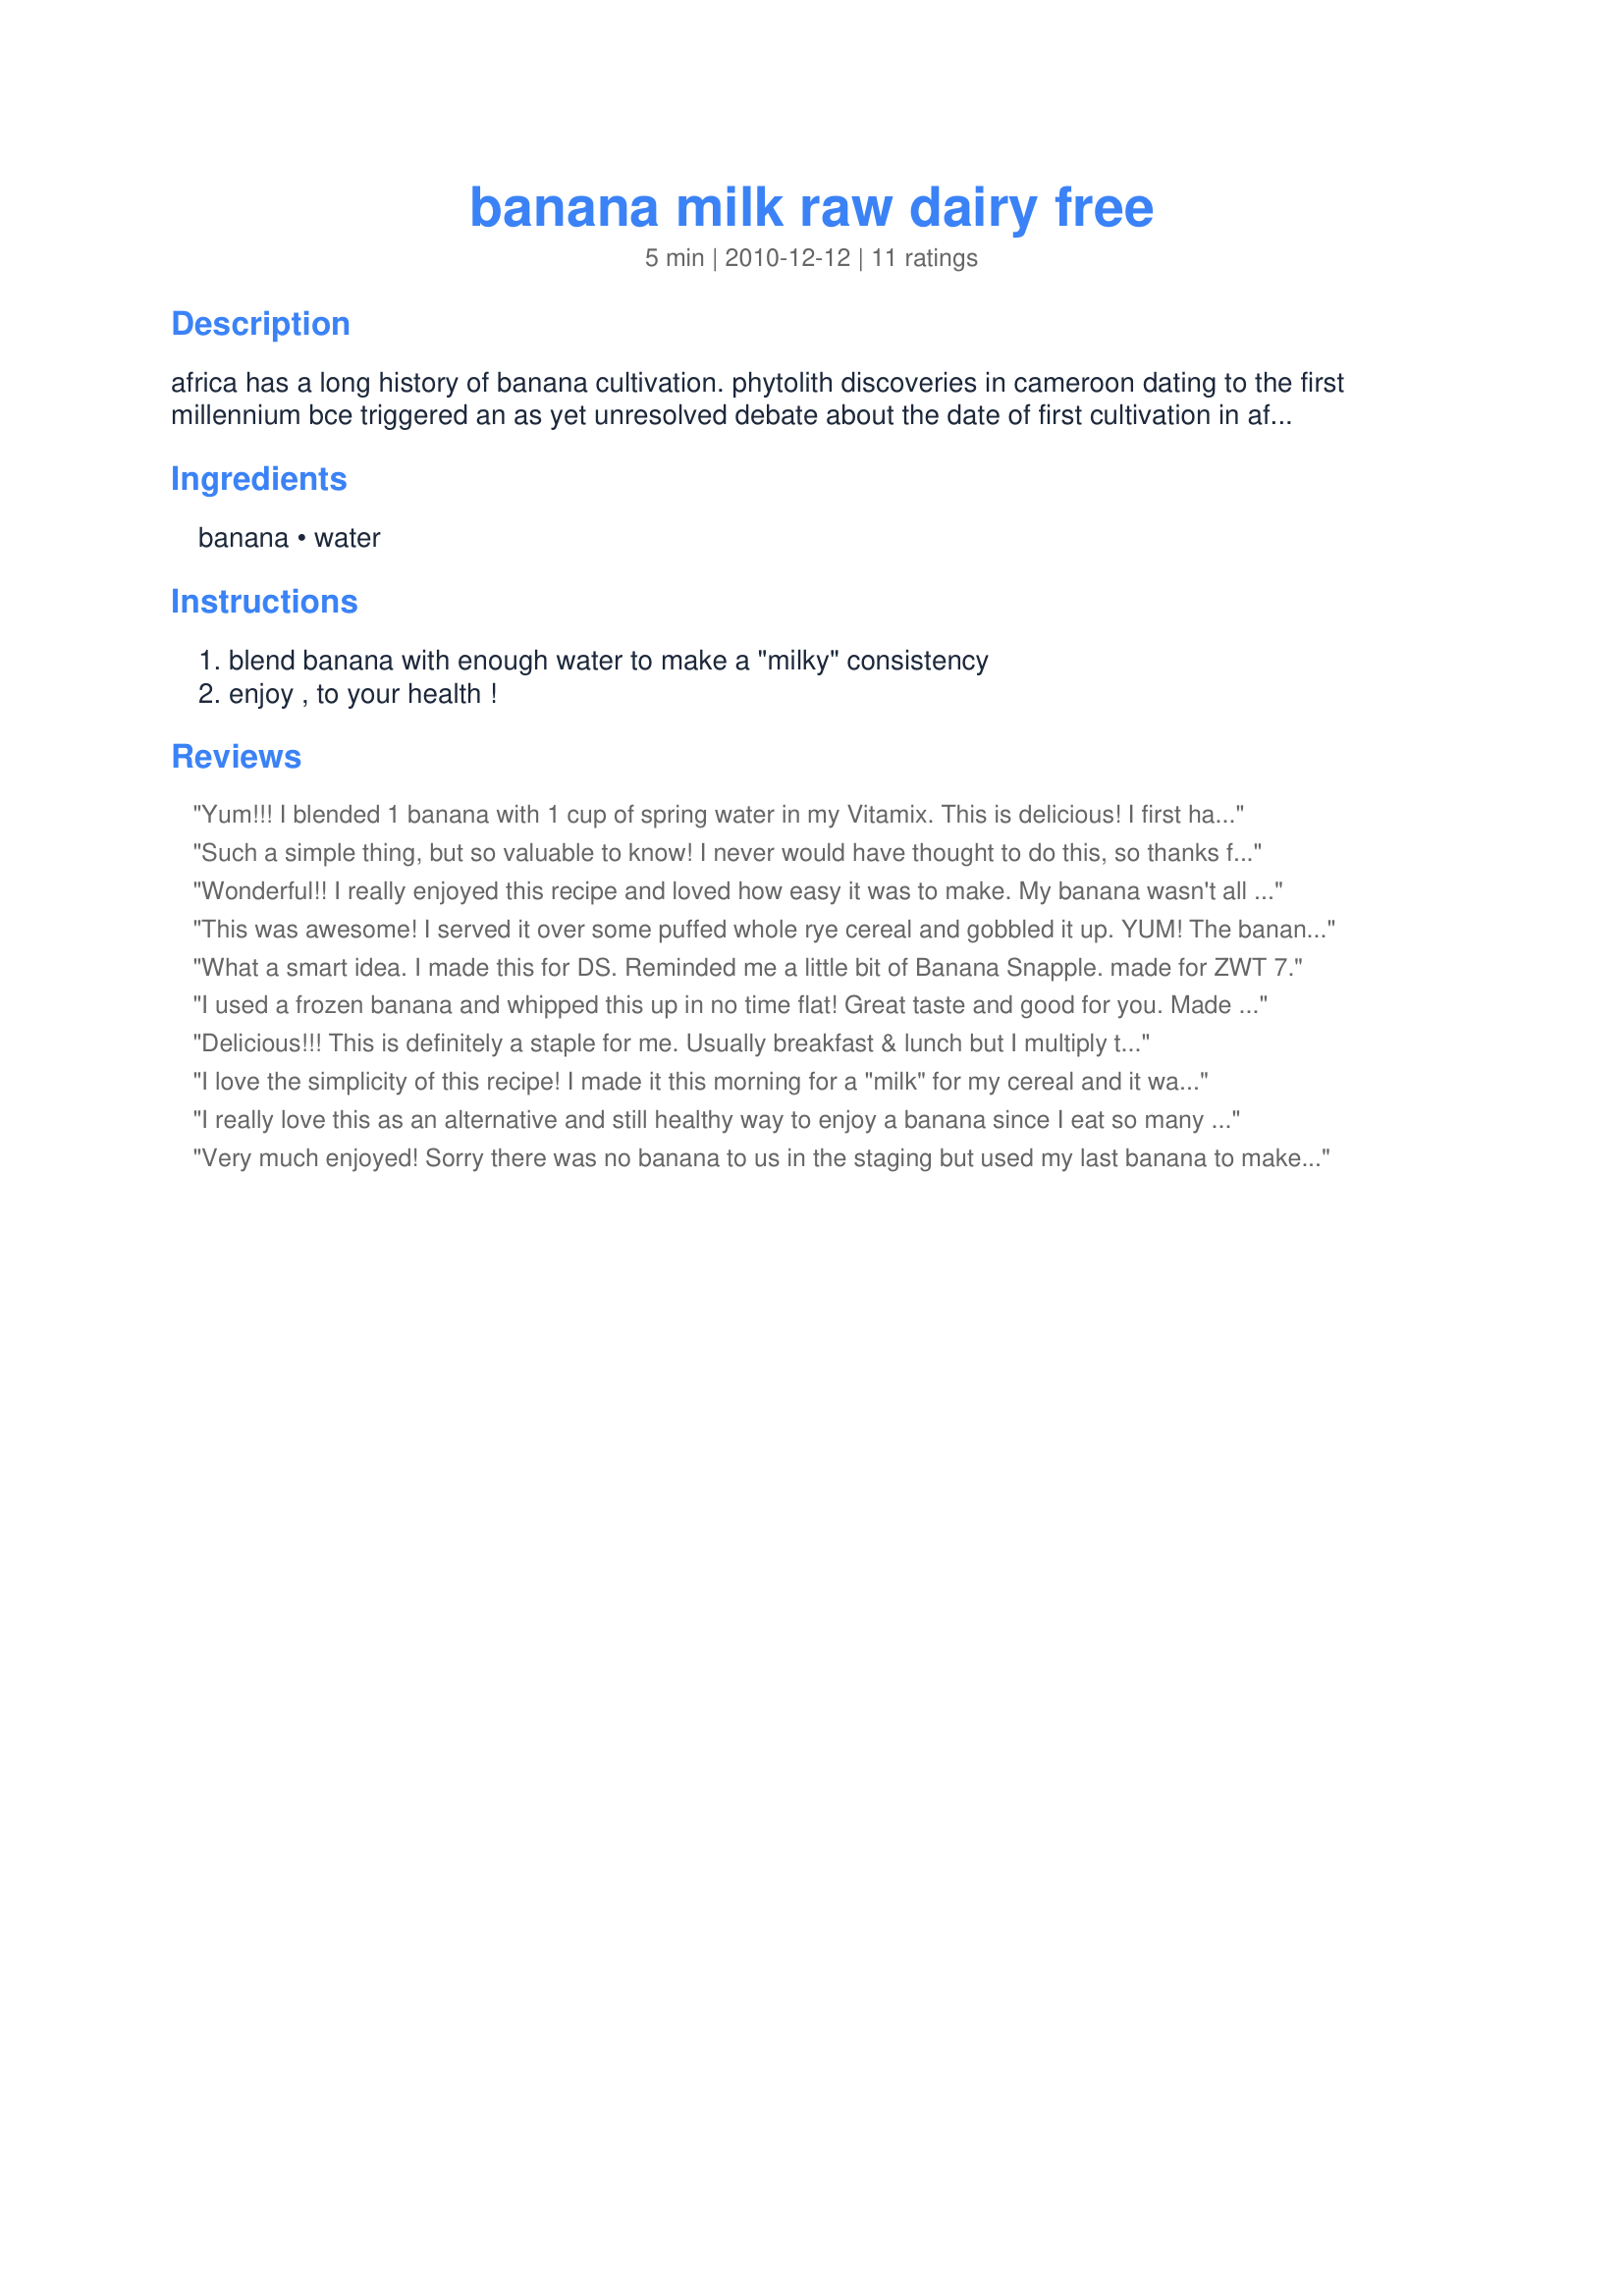
banana milk raw dairy free
Preparation time: 5 minutes

africa has a long history of banana cultivation. phytolith discoveries in cameroon dating to the first millennium bce triggered an as yet unresolved debate about the date of first cultivation in africa. there is linguistic evidence that bananas were known in madagascar around that time. the earliest prior evidence indicates that cultivation dates to no earlier than late 6th century ad. it is likely, however, that bananas were brought at least to madagascar if not to the east african coast during the phase of malagasy colonization of the island from south east asia c400ce.
here we have a simple, healthy drink made with just 1 banana. idea from the 80/10/10 diet by dr. douglas n. graham, a cool raw food book.

Ingredients:
banana, water

Steps:
blend banana with enough water to make a "milky" consistency, enjoy , to your health !

Reviews:
Yum!!! I blended 1 banana with 1 cup of spring water in my Vitamix. This is delicious! I first had &quot;banana juice&quot; in the Dominican Republic, and this could be it. Great way to kick start my diet, too! Thanks!
Such a simple thing, but so valuable to know! I never would have thought to do this, so thanks for the introduction UmmBinat. I waited until I had some ripe bananas (usually we're over run with them). We just had it as an afternoon snack, amazing how something so basic can feel like such a treat. Made during Veg*n Swap March 2011.
Wonderful!! I really enjoyed this recipe and loved how easy it was to make. My banana wasn't all that ripe but it still made for a great tasting beverage. Thanks for sharing. Made for ZWT7.
This was awesome! I served it over some puffed whole rye cereal and gobbled it up. YUM! The banana has such a creamy texture and is so sweet naturally. A perfect way of enjoying breakfast. :)<br/>THANK YOU SO MUCH for sharing this great recipe here with us!<br/>Made and reviewed for our VIP during Veggie Swap February 2011.
What a smart idea. I made this for DS. Reminded me a little bit of Banana Snapple. made for ZWT 7.
I used a frozen banana and whipped this up in no time flat! Great taste and good for you. Made for ZWT7
Delicious!!! This is definitely a staple for me. Usually breakfast & lunch but I multiply the recipe by 8-10!!! Losing weight & feeling great!! Actually not great - absolutely amazing!! Hot tip: make sure to always use super RIPE fruit so that they don't rot the teeth. Ripe bananas have lots of black spots and a black ring around the stem. Thanks UmmBinat!! Definitley a keeper!!
I love the simplicity of this recipe! I made it this morning for a "milk" for my cereal and it was just perfect. The ripe banana added just a bit of sweet flavor to really liven up the bowl. It was good to drink on its own too.
I really love this as an alternative and still healthy way to enjoy a banana since I eat so many of them. This worked well in my Magic Bullet. I enjoyed it sprinkled with some grated nutmeg. Thanks, UmmBinat! Made for Aussie Kiwi Recipe Swap 48, January 2011.
Very much enjoyed! Sorry there was no banana to us in the staging but used my last banana to make this tasty drink. Made this for DH who said this would be great in the mornings with his oatmeal. He said the texture and flavor was very nice. Made using a frozen over ripe banana. Thanks for the post.
Such an easy and refreshing beverage for a hot and humid summer day! Thanks for posting such a great idea! Made for Veg 'N Swap tag 37!
